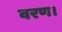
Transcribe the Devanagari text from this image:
वरण।